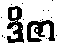
ဒိဇာ